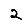
Digit: 2